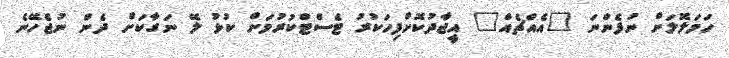
ހަމަލޮލަށް ނުފެންނަ "އެއްޗެއް" އީޖާދުކޮށްފިހަކުރު ޓެސްޓްކުރުމަށް ކުޅު ލޭ ނަގާކަށް ދެން ނުޖެހޭނެ